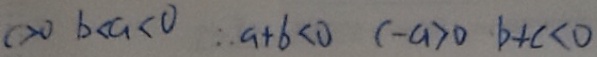
c > 0 b < a < 0 \therefore a + b < 0 c - a > 0 b + c < 0